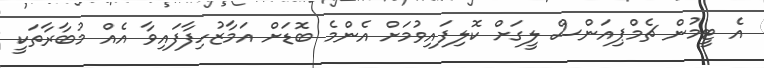
އެ ޓީމުން ޗެމްޕިއަންސް ލީގަށް ކޮލިފައިވުމަށް އެންމެ ބޮޑަށް އަމާޒުހިފާފައިވާ އެއް މުބާރާތަކީ